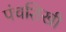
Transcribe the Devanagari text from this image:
पंचशिखी